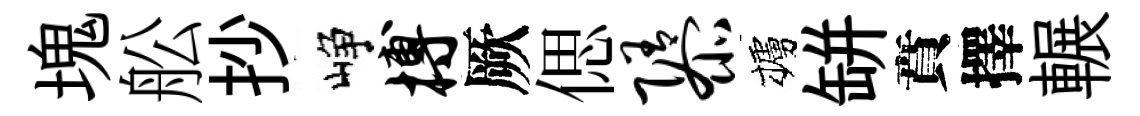
塊舩抄峥搏厥偲隳櫨缾賁擇輾